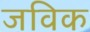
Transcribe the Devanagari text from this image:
जविक